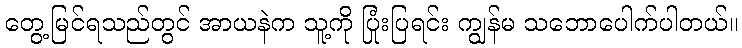
တွေ့မြင်ရသည်တွင် အာယနဲက သူ့ကို ပြုံးပြရင်း ကျွန်မ သဘောပေါက်ပါတယ်။